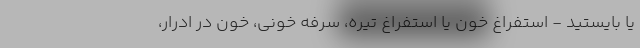
یا بایستید - استفراغ خون یا استفراغ تیره، سرفه خونی، خون در ادرار،